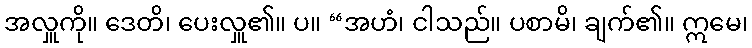
အလှူကို။ ဒေတိ၊ ပေးလှူ၏။ ပ။ “အဟံ၊ ငါသည်။ ပစာမိ၊ ချက်၏။ ဣမေ၊